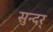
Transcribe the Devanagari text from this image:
सुन्दर्